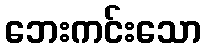
ဘေးကင်းသော